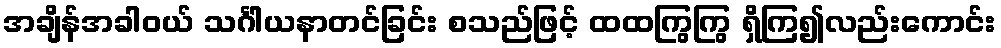
အချိန်အခါဝယ် သင်္ဂါယနာတင်ခြင်း စသည်ဖြင့် ထထကြွကြွ ရှိကြ၍လည်းကောင်း